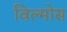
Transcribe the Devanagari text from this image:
विल्मोस